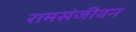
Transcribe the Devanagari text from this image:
रामसंजीवन